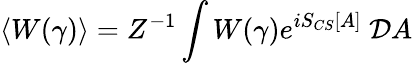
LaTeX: \langle W(\gamma)\rangle=Z^{-1}\int W(\gamma)e^{iS_{CS}[A]}\ {\cal D}A